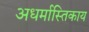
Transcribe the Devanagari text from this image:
अधर्मास्तिकाय